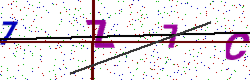
Text: 7Z7C